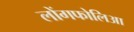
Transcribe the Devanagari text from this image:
लोंगफोलिआ